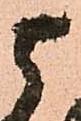
与